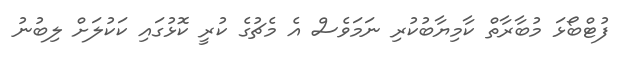
ފުޓްބޯޅަ މުބާރާތް ކާމިޔާބުކުރި ނަމަވެސް އެ މެޗުގެ ކުރީ ކޮޅުގައި ކަކުލަށް ލިބުނު